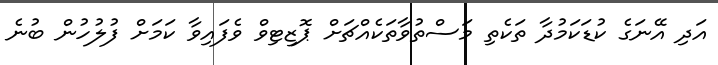
އަދި އޭނަގެ ކުޑަކަމުދާ ތަކެތި މަސްތުވާތަކެއްޗަށް ޕޮޒިޓިވް ވެފައިވާ ކަމަށް ފުލުހުން ބުނެ